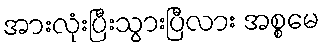
အားလုံးပြီးသွားပြီလား အစ္စမေ